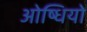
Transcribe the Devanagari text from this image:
ओष्धियो